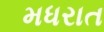
મધરાત